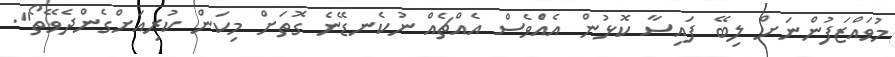
މުވައްޒަފުންނަށް ލިބޭ ފައިސާ ކޮޅުން އެއްެވެސް އެއްޗެއް ނުކެނޑޭނެ ގޮތަށް މިކަން ކުރިއަށްގެންދެވޭތޯ".